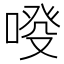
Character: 𠷑